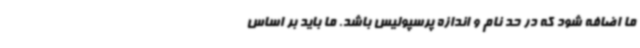
ما اضافه شود که در حد نام و اندازه پرسپولیس باشد. ما باید بر اساس